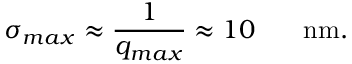
\sigma _ { m a x } \approx \frac { 1 } { q _ { m a x } } \approx 1 0 \ensuremath { \mathrm { ~ \textrm ~ { ~ \, ~ } ~ } } \ensuremath { \mathrm { n m } } .